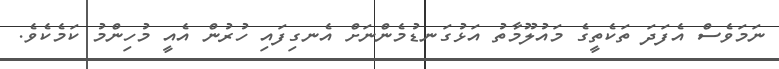
ނަމަވެސް އެފަދަ ތަކެތީގެ މައުލޫމާތު އަޅުގަނޑުމެންނަށް އެނގިފައި ހުރުން އެއީ މުހިންމު ކަމެކެވެ.